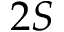
2 S